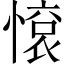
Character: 𢟦